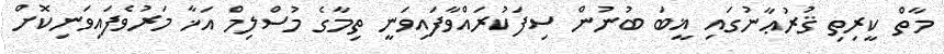
މާތް ކީރިތި ޤުރުޢާނުގައި ޣީބަ ބުނުން ސިފަކުރައްވާފައިވަނީ ތިމާގެ މުސްލިމް އަޚާ މަރުވެފައިވަނިކޮށް